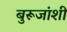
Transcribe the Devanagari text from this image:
बुरूजांशी